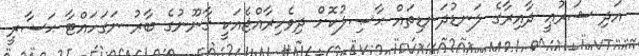
އަދި ޝަރުޢީ ދާއިރާގެ ލަނޑުދަނޑިތައް ޙާޞިލުކޮށް ދިވެހިރާއްޖެއަކީ ޤާނޫނުގެ ބާރު ނަގަހައްޓާ ޙަޟާރީ